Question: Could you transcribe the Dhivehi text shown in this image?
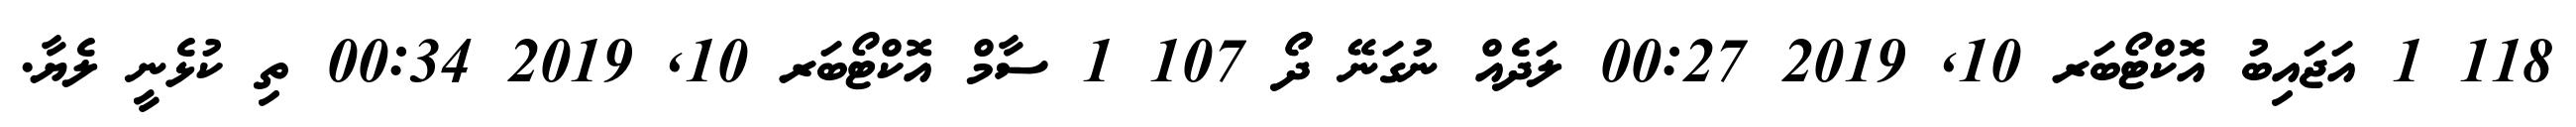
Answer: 118 1 އަޖައިބު އޮކްޓޯބަރ 10, 2019 00:27 ލަދެއް ނުގަނޭ ދޯޯ 107 1 ސާމް އޮކްޓޯބަރ 10, 2019 00:34 ތި ކުޅެނީ ލެޔާ.